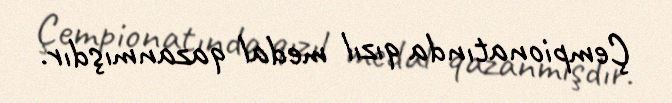
Çempionatında qızıl medal qazanmışdır.